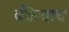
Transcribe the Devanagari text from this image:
बँकेचाच